Report on the nature of kala-azar
Disease focus: Kala-Azar
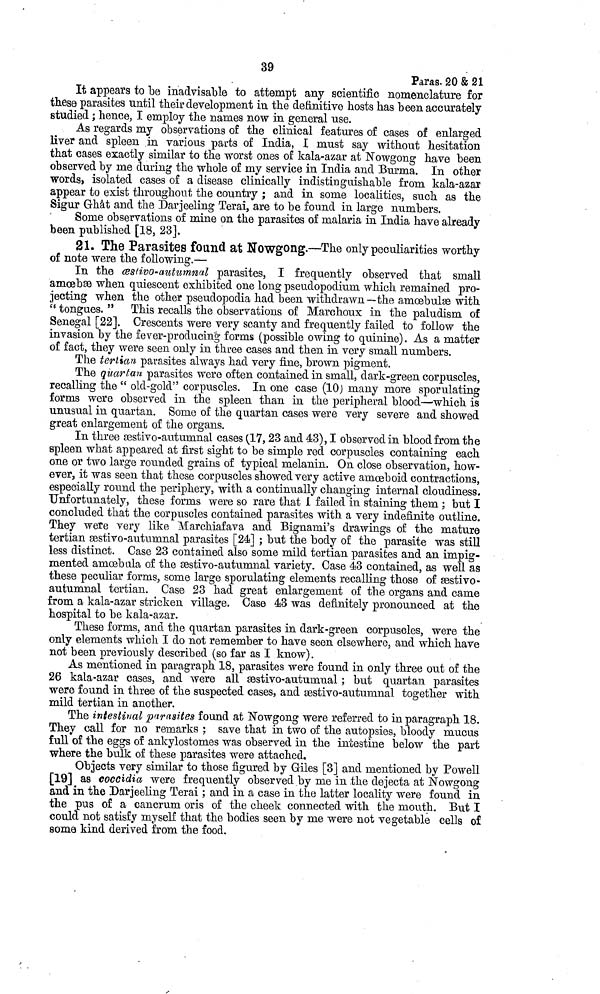
39
Paras. 20 & 21
It appears to be inadvisable to attempt any scientific nomenclature for
these parasites until their development in the definitive hosts has been accurately
studied ; hence, I employ the names now in general use.
As regards my observations of the clinical features of cases of enlarged
liver and spleen in various parts of India, I must say without hesitation
that cases exactly similar to the worst ones of kala-azar at Nowgong have been
observed by me during the whole of my service in India and Burma. In other
words, isolated cases of a disease clinically indistinguishable from kala-azar
appear to exist throughout the country ; and in some localities, such as the
Sigur Ghât and the Darjeeling Terai, are to be found in large numbers.
Some observations of mine on the parasites of malaria in India have already
been published [18, 23].
21. The Parasites found at Nowgong.—The only peculiarities worthy
of note were the following.—
In the œstivo-autumnal parasites, I frequently observed that small
amœbse when quiescent exhibited one long pseudopodium which remained pro-
jecting when the other pseudopodia had been withdrawn —the amœbulse with
"tongues."
This recalls the observations of Marchoux in the paludism of
Senegal [22]. Crescents were very scanty and frequently failed to follow the
invasion by the fever-producing forms (possible owing to quinine). As a matter
of fact, they were seen only in three cases and then in very small numbers.
Tlae tertian parasites always had very fine, brown pigment.
The guartan parasites were often contained in small, dark-green corpuscles,
recalling the " old-gold" corpuscles. In one case (10) many more sporulating
forms were observed in the spleen than in the peripheral blood—-which is
unusual in quartan. Some of the quartan cases were very severe and showed
great enlargement of the organs.
In three sestivo-autunmal cases (17, 23 and 43), I observed in blood from the
spleen what appeared at first sight to be simple red corpuscles containing each
one or two large rounded grains of typical melanin. On close observation, how-
ever., it was seen that these corpuscles showed very active amoeboid contractions,
especially round the periphery, with a continually changing internal cloudiness.
Unfortunately, these forms were so rare that 1 failed in staining them ; but I
concluded that the corpuscles contained parasites with a very indefinite outline.
They were very like Marchiafava and Bignanii's drawings of the mature
tertian sestivo-autumnal parasites [24] ; but the body of the parasite was still
less distinct. Case 23 contained also some mild tertian parasites and an impig-
mented amœbtila of the sestivo-autumnal variety. Case 43 contained, as well as
these peculiar forms, some large sporulating elements recalling those of æstivo-
autumnal tertian. Case 23 had great enlargement of the organs and came
from a kala-azar stricken village. Case 43 was definitely pronounced at the
hospital to be kala-azar.
These forms, and the quartan parasites in dark-green corpuscles, were the
only elements which I do not remember to have seen elsewhere, and which have
not been previously described (so far as I know).
As mentioned in paragraph 18, parasites were found in only three out of the
26 kala-azar cases, and were all sestivo-autunmal ; but quartan parasites
were found in three of the suspected cases, and æstivo-autumnal together with
mild tertian in another.
The intestinal purnsites found at Nowgong were referred to in paragraph 18.
They call for no remarks ; save that in two of the autopsies, bloody mucus
full of the eggs of ankylostomes was observed in the intestine below the part
where the bulk of these parasites were attached.
Objects very similar to those figured by Giles [3] and mentioned by Powell
[19] as coccidia were frequently observed by me in the dejecta at Nowgong
and in the Darjeeling Terai ; and in a case in the latter locality were found in
the pus of a cancrum oris of the cheek connected with the mouth. But I
could not satisfy myself that the bodies seen by me were not vegetable cells of
some kind derived from the food.